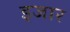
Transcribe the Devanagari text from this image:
इजार